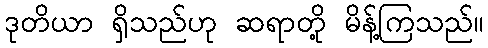
ဒုတိယာ ရှိသည်ဟု ဆရာတို့ မိန့်ကြသည်။